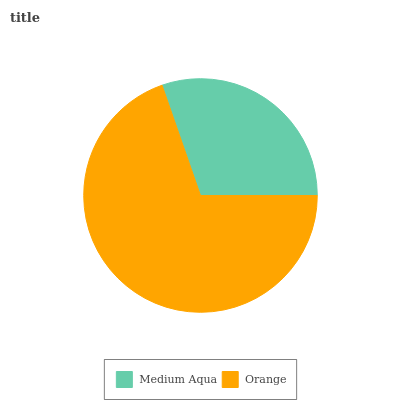
| Medium Aqua | Orange |
 | --- | --- |
 | 30.4% | 69.6% |